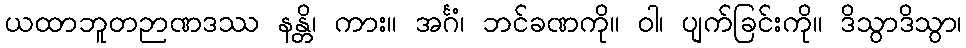
ယထာဘူတဉာဏဒဿ နန္တိ၊ ကား။ အင်္ဂံ၊ ဘင်ခဏကို။ ဝါ၊ ပျက်ခြင်းကို။ ဒိသွာဒိသွာ၊